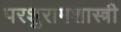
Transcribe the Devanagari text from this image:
परशुरामशास्त्री